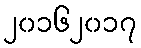
၂၀၁၆၂၀၁၇